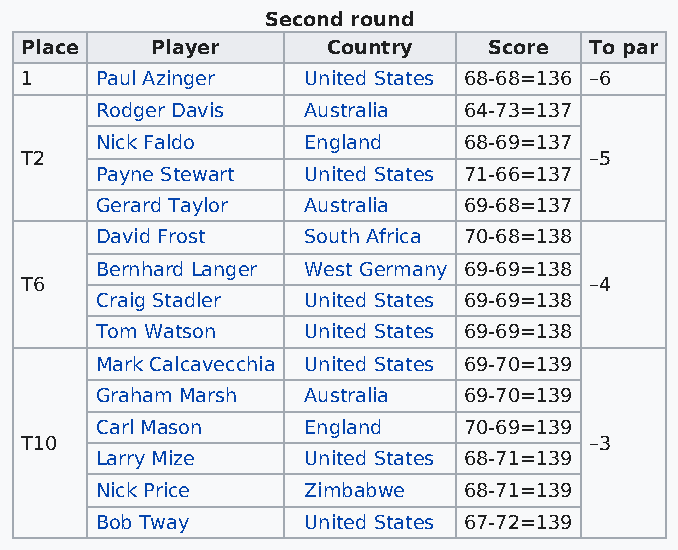
Second round
 Place    Player      Country   Score  To par
 1    Paul Azinger  United States 68-68=136 –6
 Rodger Davis  Australia  64-73=137
 Nick Faldo    England    68-69=137
 T2                                    –5
 Payne Stewart United States 71-66=137
 Gerard Taylor Australia  69-68=137
 David Frost   South Africa 70-68=138
 Bernhard Langer West Germany 69-69=138
 T6                                    –4
 Craig Stadler United States 69-69=138
 Tom Watson    United States 69-69=138
 Mark Calcavecchia United States 69-70=139
 Graham Marsh  Australia  69-70=139
 Carl Mason    England    70-69=139
 T10                                   –3
 Larry Mize    United States 68-71=139
 Nick Price    Zimbabwe   68-71=139
 Bob Tway      United States 67-72=139